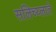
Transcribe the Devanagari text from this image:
सलिच्य्लाते